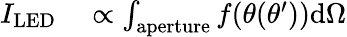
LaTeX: \begin{array}{rl}{I_{\mathrm{LED}}}&{{}\propto\int_{\mathrm{aperture}}f(\theta(\theta^{\prime}))\mathrm{d}\Omega}\end{array}